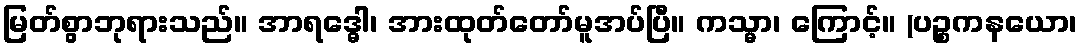
မြတ်စွာဘုရားသည်။ အာရဒ္ဓေါ၊ အားထုတ်တော်မူအပ်ပြီ။ ကသ္မာ၊ ကြောင့်။ (ပဉ္စကနယော၊